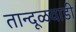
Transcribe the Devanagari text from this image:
तान्दूळवाडी